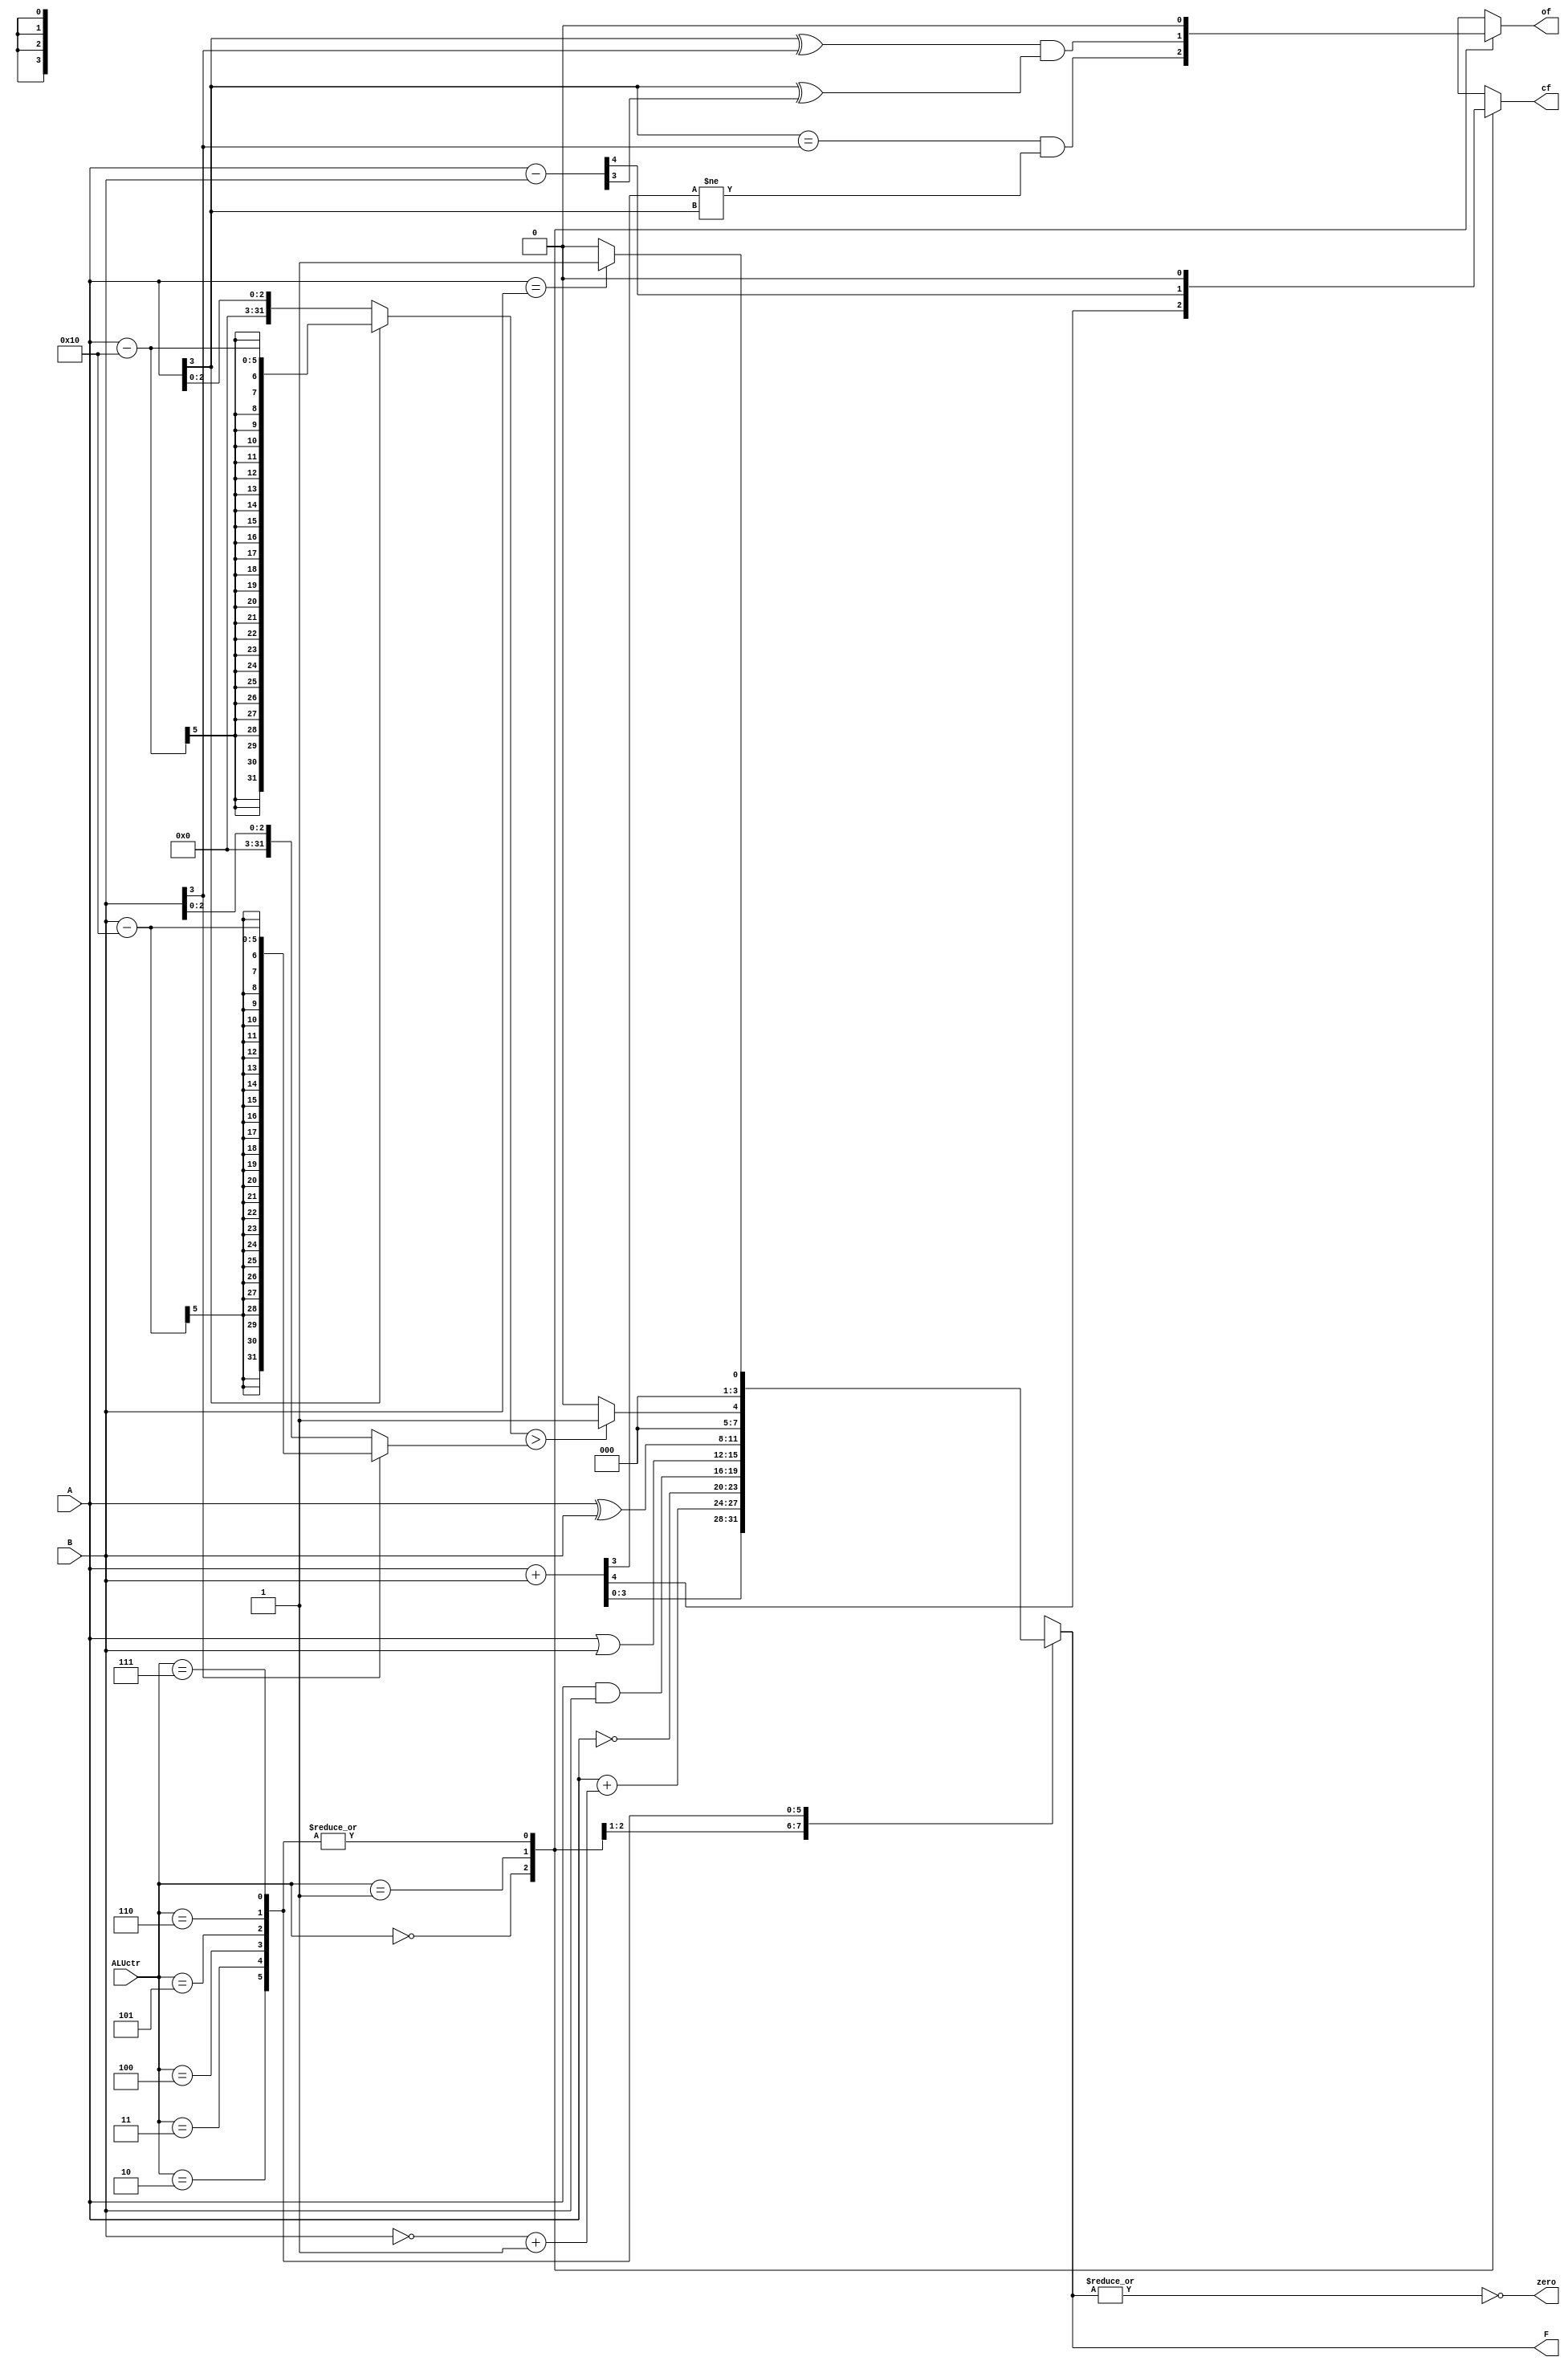
module experiment3( 
	input [3:0] A,
	input [3:0] B,
	input [2:0] ALUctr,
	output reg [3:0] F,
	output reg cf,
	output reg zero,
	output reg of
);

//add your code here

integer x,y;
reg [3:0] temp;
reg [4:0] tmp;
always@ (A or B or ALUctr)
begin 
	F=0;
	zero=0;
	of =0;
	cf =0;
	temp = B;
	tmp =0;
	case(ALUctr)
		0:
			begin
				{cf,F}=A+temp;
				of = (A[3]== temp[3]) && (F[3] != A[3]);
			end
		1:
			begin
				temp = ~B + 1;
				F= A+temp;
				tmp = A-B;
				cf = tmp[4];
				of = (A[3] ^ B[3]) & (A[3] ^ tmp[3]);
			end
		2: F = ~A;
		3: F = A & B;
		4: F = A | B;
		5: F = A ^ B;
		6:
			begin
				if(A[3]==1) x=A-16;
				else x =A;
				if(B[3] ==1) y=B-16;
				else y =B;
				if(x > y)F =1;
				else F=0;
			end
		7: 
			begin
				if(A == B) F = 1;
				else F =0;
			end
	endcase
    zero =~(| F);
end
endmodule